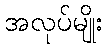
အလုပ်မျိုး